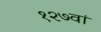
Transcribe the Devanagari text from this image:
१२७वां